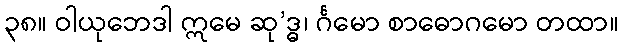
၃၈။ ဝါယုဘေဒါ ဣမေ ဆု’ဒ္ဓ၊ င်္ဂမော စာဓောဂမော တထာ။